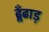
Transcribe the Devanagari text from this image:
ढूँढाड़